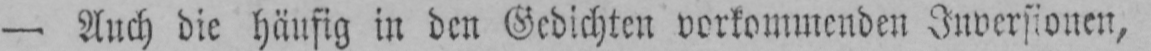
- Auch die häufig in den Gedichten vorkommenden Inversionen,